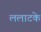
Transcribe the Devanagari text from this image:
ललाटके